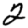
Digit: 2